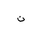
Letter: _non